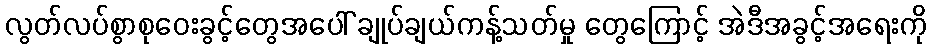
လွတ်လပ်စွာစုဝေးခွင့်တွေအပေါ် ချုပ်ချယ်ကန့်သတ်မှု တွေကြောင့် အဲဒီအခွင့်အရေးကို